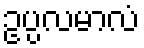
ဥပ္ပလမာလံ